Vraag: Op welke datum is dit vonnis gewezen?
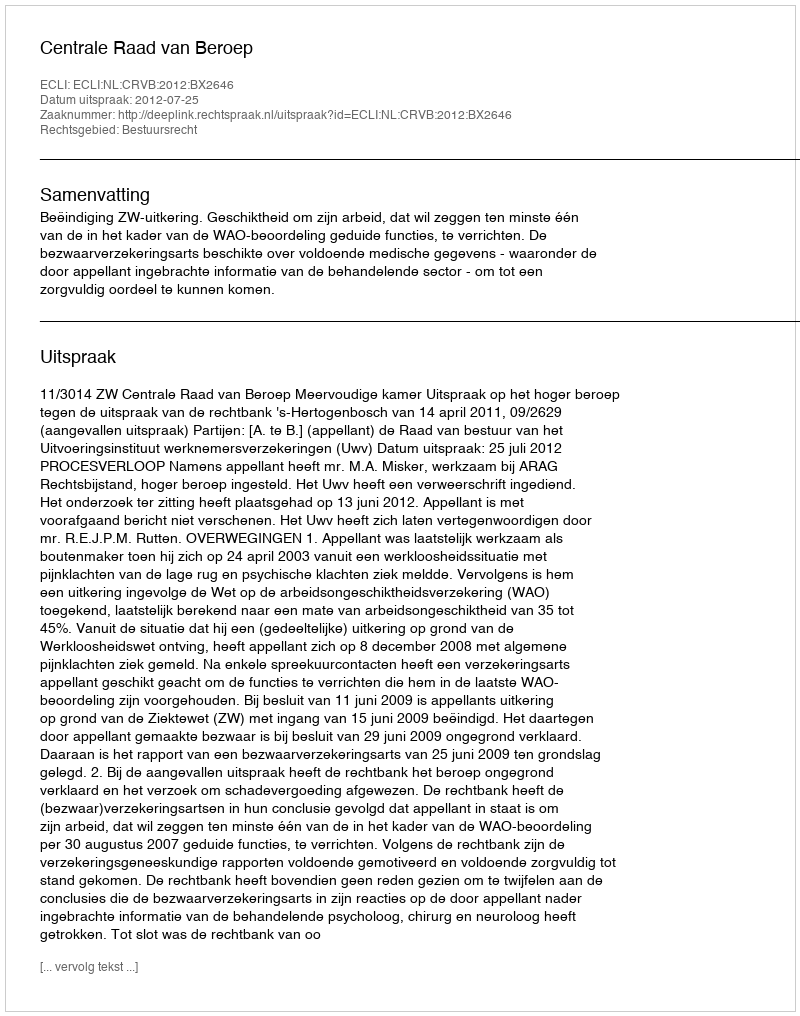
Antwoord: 2012-07-25